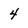
Character: 4